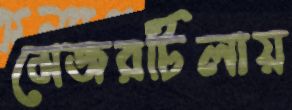
মেজরটিলায়